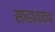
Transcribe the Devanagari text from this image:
साहाय्यच